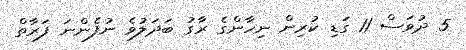
5 ދުވަސް 11 ގަޑި ކުރިން ނިހާންގެ ރާގު ބަދަލުވެ ނުފެންނަ ފަރާތް